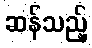
ဆန်သည့်